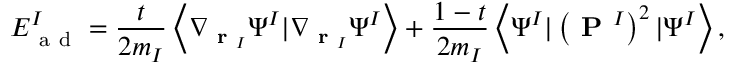
E _ { \mathrm { ~ a ~ d ~ } } ^ { I } = \frac { t } { 2 m _ { I } } \left\langle \nabla _ { \textbf { r } _ { I } } \Psi ^ { I } | \nabla _ { \textbf { r } _ { I } } \Psi ^ { I } \right\rangle + \frac { 1 - t } { 2 m _ { I } } \left\langle \Psi ^ { I } | \left( \textbf { P } ^ { I } \right) ^ { 2 } | \Psi ^ { I } \right\rangle ,